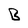
Character: B